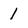
Character: 1